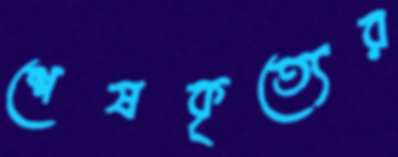
শেষকৃত্যের